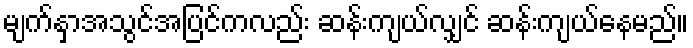
မျက်နှာအသွင်အပြင်ကလည်း ဆန်းကျယ်လျှင် ဆန်းကျယ်နေမည်။